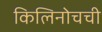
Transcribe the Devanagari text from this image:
किलिनोचची